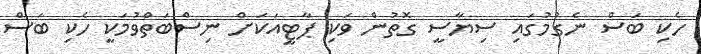
ހެކި ބަސް ނެގުމުގައި ސިޔާސީ ގޮތުން ވަކި ޕާޓީއަކަށް ނިސްބަތްވުމަކީ ހެކި ބަސް